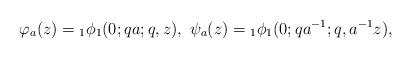
LaTeX: \begin{align*}\varphi_{a}(z)={}_{1}\phi_{1}(0;qa;q,z),\ \psi_{a}(z)={}_{1}\phi_{1}(0;qa^{-1};q,a^{-1}z),\end{align*}